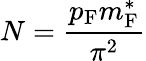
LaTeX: N={\frac{p_{\mathrm{{F}}}m_{\mathrm{{F}}}^{*}}{\pi^{2}}}